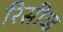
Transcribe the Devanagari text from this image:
रिसीव्ड